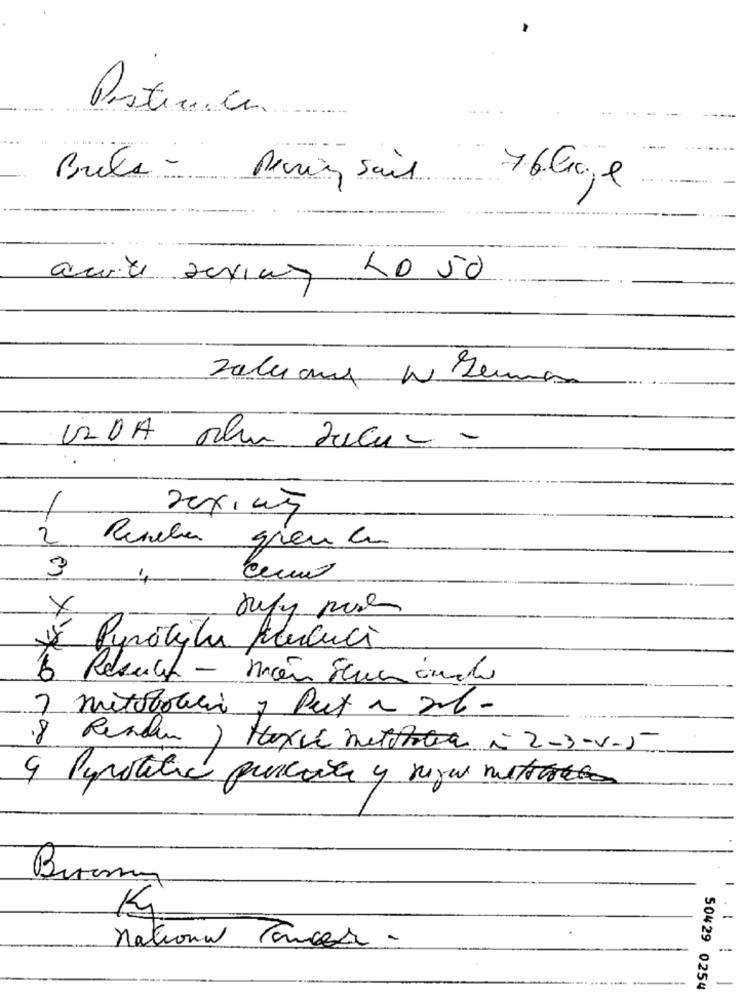
Posternca.
Perie Sais
76Coje
10 50
2
Runeba gien co
3
DE Puracitu pucuci
5 Result - moins Sene önce
3 metoboblio y Put ~ 2l-
18 Render ) Hoxie metstoria ~ 2-3-5-5
K
-
national Cancer -
---
50429 0254